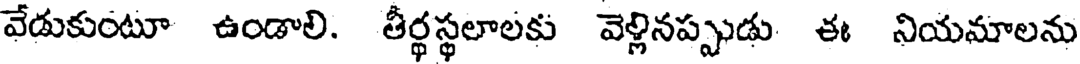
వేడుకుంటూ ఉండాలి. తీర్థస్థలాలకు వెళ్లినప్పుడు ఈ నియమాలను